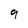
Character: 9